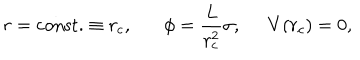
r = \mathrm { c o n s t . } \equiv r _ { c } , \phi = \frac { L } { r _ { c } ^ { 2 } } \sigma , \; \; V ( r _ { c } ) = 0 ,